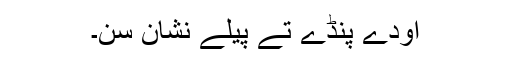
اودے پنڈے تے پیلے نشان سن۔